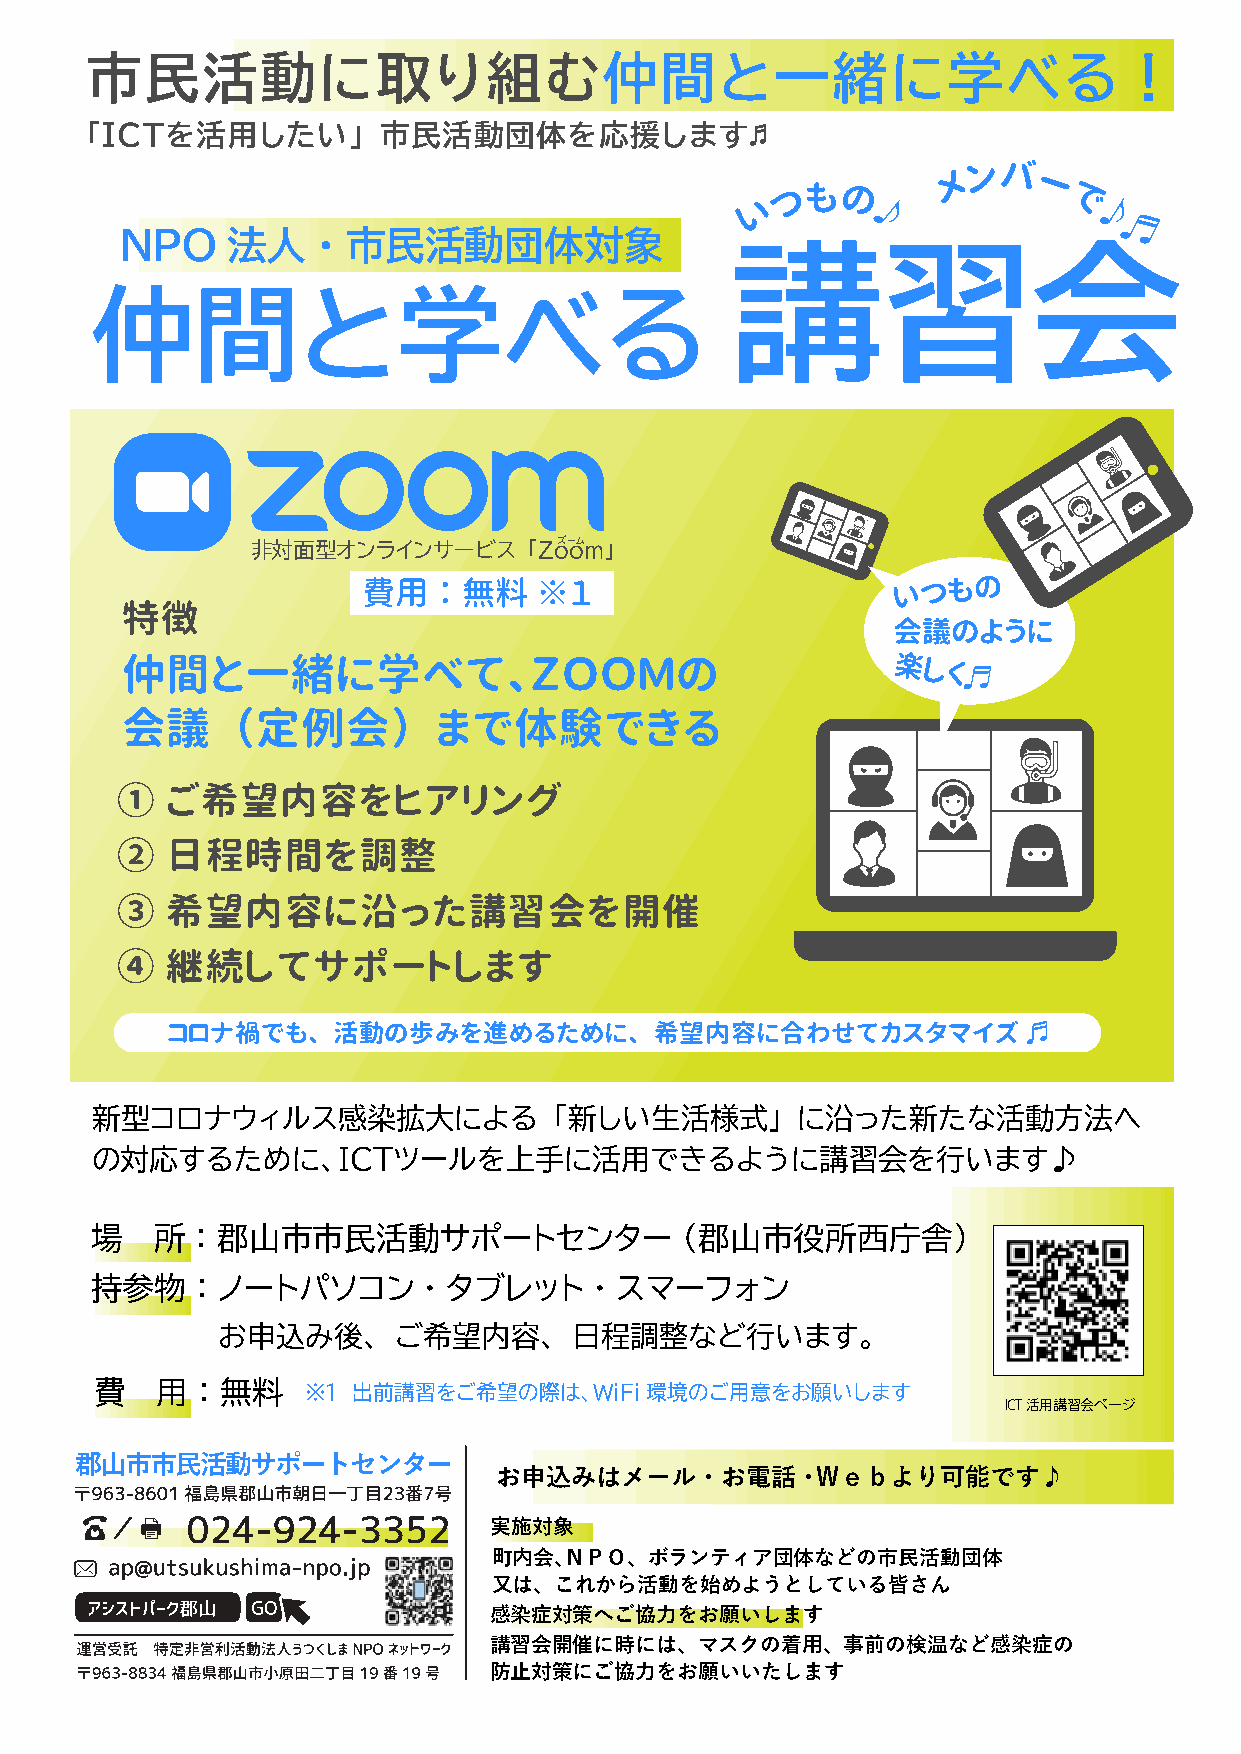
市民活動に取り組む仲間と一緒に学べる！
 「ＩＣＴを活用したい」        市民活動団体を応援します♬
 メ
 ンバ
 い つ も の
 ー
 で
 ♪              ♪
 NPO    法人    ・ 市民活動団体対象                                           ♬
 講習会
 仲間と学べる
 非対面型オンラインサービス     「Zoズーoムm」
 費用   ： 無料  ※１
 いつもの
 特徴
 会議のように
 仲間と一緒に学べて、ＺＯＯＭの                                    楽しく♬
 会議     （定例会）         まで体験できる
 ①  ご希望内容をヒアリング
 ②  日程時間を調整
 ③  希望内容に沿った講習会を開催
 ④  継続してサポートします
 コロナ禍でも、    活動の歩みを進めるために、        希望内容に合わせてカスタマイズ          ♬
 新型コロナウィルス感染拡大による               「新しい生活様式」       に沿った新たな活動方法へ
 の対応するために、ＩＣＴツールを上手に活用できるように講習会を行います♪
 場   所  ： 郡山市市民活動サポートセンター               （郡山市役所西庁舎）
 持参物    ： ノートパソコン      ・ タブレット    ・ スマーフォン
 お申込み後、      ご希望内容、      日程調整など行います。
 費   用  ： 無料   ※１ 出前講習をご希望の際は、ＷiFi環境のご用意をお願いします
 ICT活用講習会ページ
 郡山市市民活動サポートセンター
 お申込みはメール・お電話・Ｗｅｂより可能です♪
 実施対象
 町内会、ＮＰＯ、ボランティア団体などの市民活動団体
 又は、これから活動を始めようとしている皆さん
 感染症対策へご協力をお願いします
 講習会開催に時には、マスクの着用、事前の検温など感染症の
 防止対策にご協力をお願いいたします